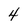
Character: 4